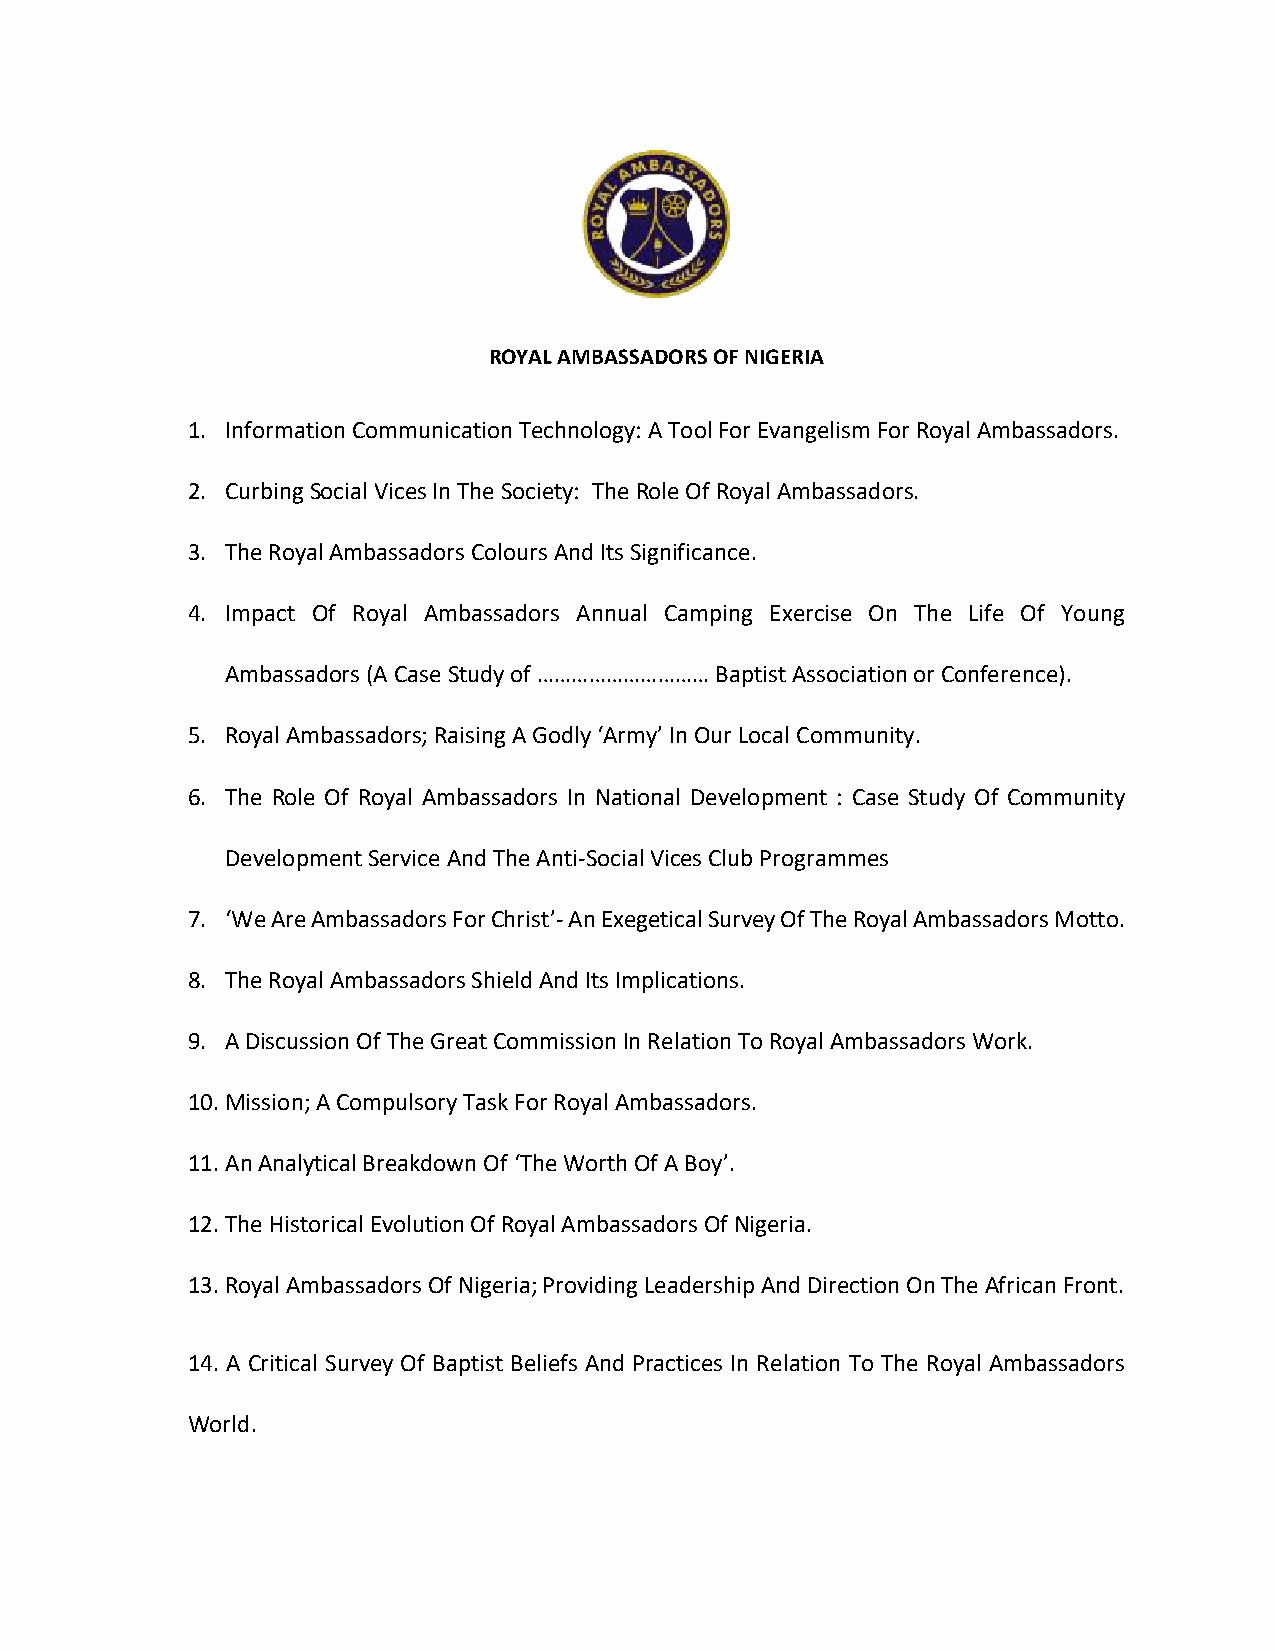
ROYAL AMBASSADORS OF NIGERIA
 1. Information Communication Technology: A Tool For Evangelism For Royal Ambassadors.
 2. Curbing Social Vices In The Society: The Role Of Royal Ambassadors.
 3. The Royal Ambassadors Colours And Its Significance.
 4. Impact Of Royal Ambassadors Annual Camping Exercise On The Life Of Young
 Ambassadors (A Case Study of ………………………… Baptist Association or Conference).
 5. Royal Ambassadors; Raising A Godly ‘Army’ In Our Local Community.
 6. The Role Of Royal Ambassadors In National Development : Case Study Of Community
 Development Service And The Anti-Social Vices Club Programmes
 7. ‘We Are Ambassadors For Christ’- An Exegetical Survey Of The Royal Ambassadors Motto.
 8. The Royal Ambassadors Shield And Its Implications.
 9. A Discussion Of The Great Commission In Relation To Royal Ambassadors Work.
 10. Mission; A Compulsory Task For Royal Ambassadors.
 11. An Analytical Breakdown Of ‘The Worth Of A Boy’.
 12. The Historical Evolution Of Royal Ambassadors Of Nigeria.
 13. Royal Ambassadors Of Nigeria; Providing Leadership And Direction On The African Front.
 14. A Critical Survey Of Baptist Beliefs And Practices In Relation To The Royal Ambassadors
 World.